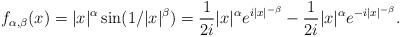
LaTeX: \begin{align*}f_{\alpha,\beta}(x) = |x|^\alpha \sin(1/|x|^\beta) = \frac{1}{2i}|x|^\alpha e^{i|x|^{-\beta}} - \frac{1}{2i}|x|^\alpha e^{-i|x|^{-\beta}}.\end{align*}